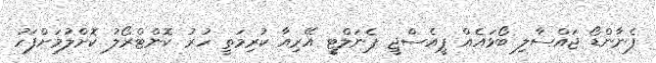
ފެނާންޑޯ ޖައްސާލި ބޯޅައެއް ޕީއެސްޖީ ޕެނަލްޓީ އޭރިއާ ކުރިމަތީ ހުރު ކޮންޓްރޯލު ކޮށްލުމަށްފަހު